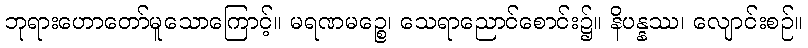
ဘုရားဟောတော်မူသောကြောင့်။ မရဏမဉ္စေ၊ သေရာညောင်စောင်း၌။ နိပန္နဿ၊ လျောင်းစဉ်။